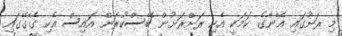
މި ރަށުގައި އޭނާގެ ކަމަކީ އެކި ރަށްރަށުން ބޭސްކުރަން އައިސް އެކި ގޭގޭގައި